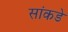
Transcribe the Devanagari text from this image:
सांकडे